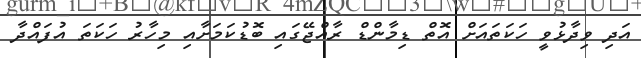
އަދި ވިދާޅުވީ ހަކަތައަށް އޮތް ޑިމާންޑް ރާއްޖޭގައި ބޮޑުކަމަށާއި މިހާރު ހަކަތަ އުފައްދާ